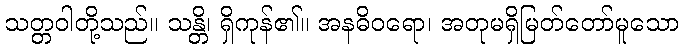
သတ္တဝါတို့သည်။ သန္တိ၊ ရှိကုန်၏။ အနဓိဝရော၊ အတုမရှိမြတ်တော်မူသော